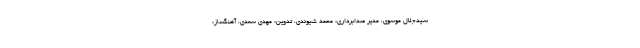
سیدجلال موسوی، مدیر صدابرداری: محمد شیوندی، تدوین: مهدی سعدی، آهنگساز: